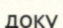
доку